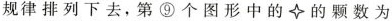
规律排列下去，第⑨个图形中的的颗数为